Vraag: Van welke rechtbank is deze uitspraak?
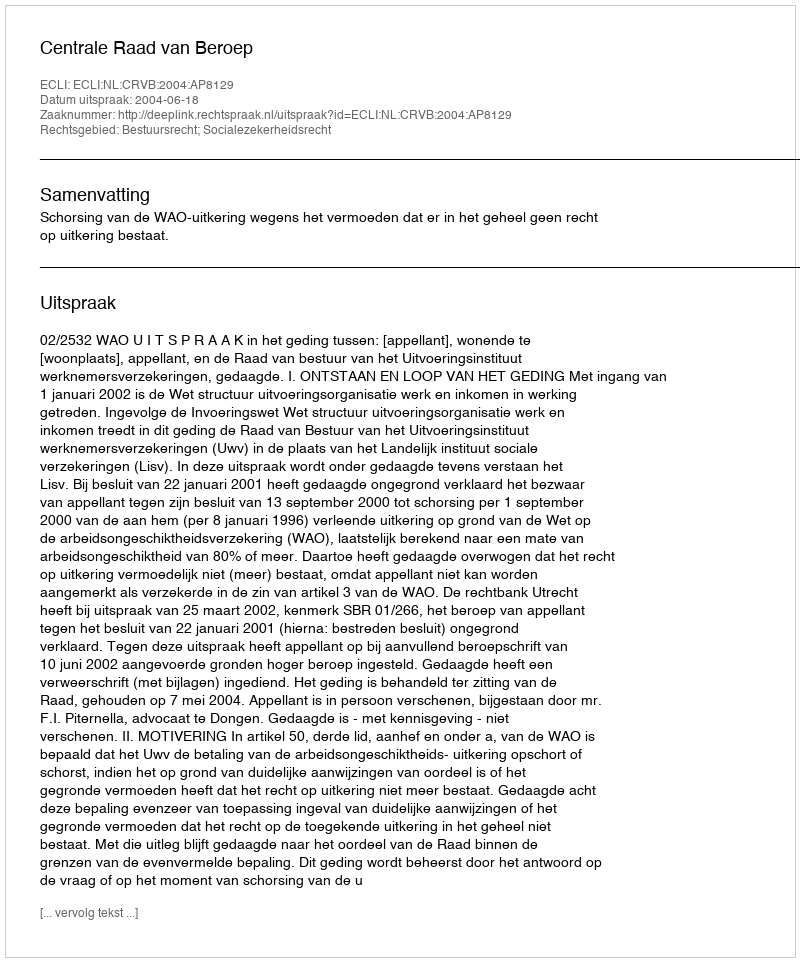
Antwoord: Centrale Raad van Beroep